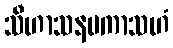
သီဟာသနမကာသဟံ